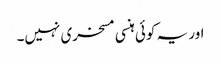
اور یہ کوئی ہنسی مسخری نہیں۔